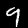
Label: 9